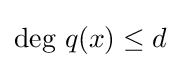
{\text{deg }}q(x)\leq d